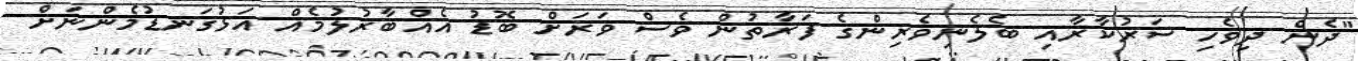
"ދެން ދިވެހި ސަރުކާރާއި ބެލެނިވެރިންގެ ފަރާތުން ވެސް ވަރަށް ބޮޑު އެއްބާރުލުމެއް އަޅުގަނޑުމެންނަށް